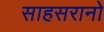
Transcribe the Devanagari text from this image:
साहसरानो